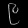
Digit: ၉